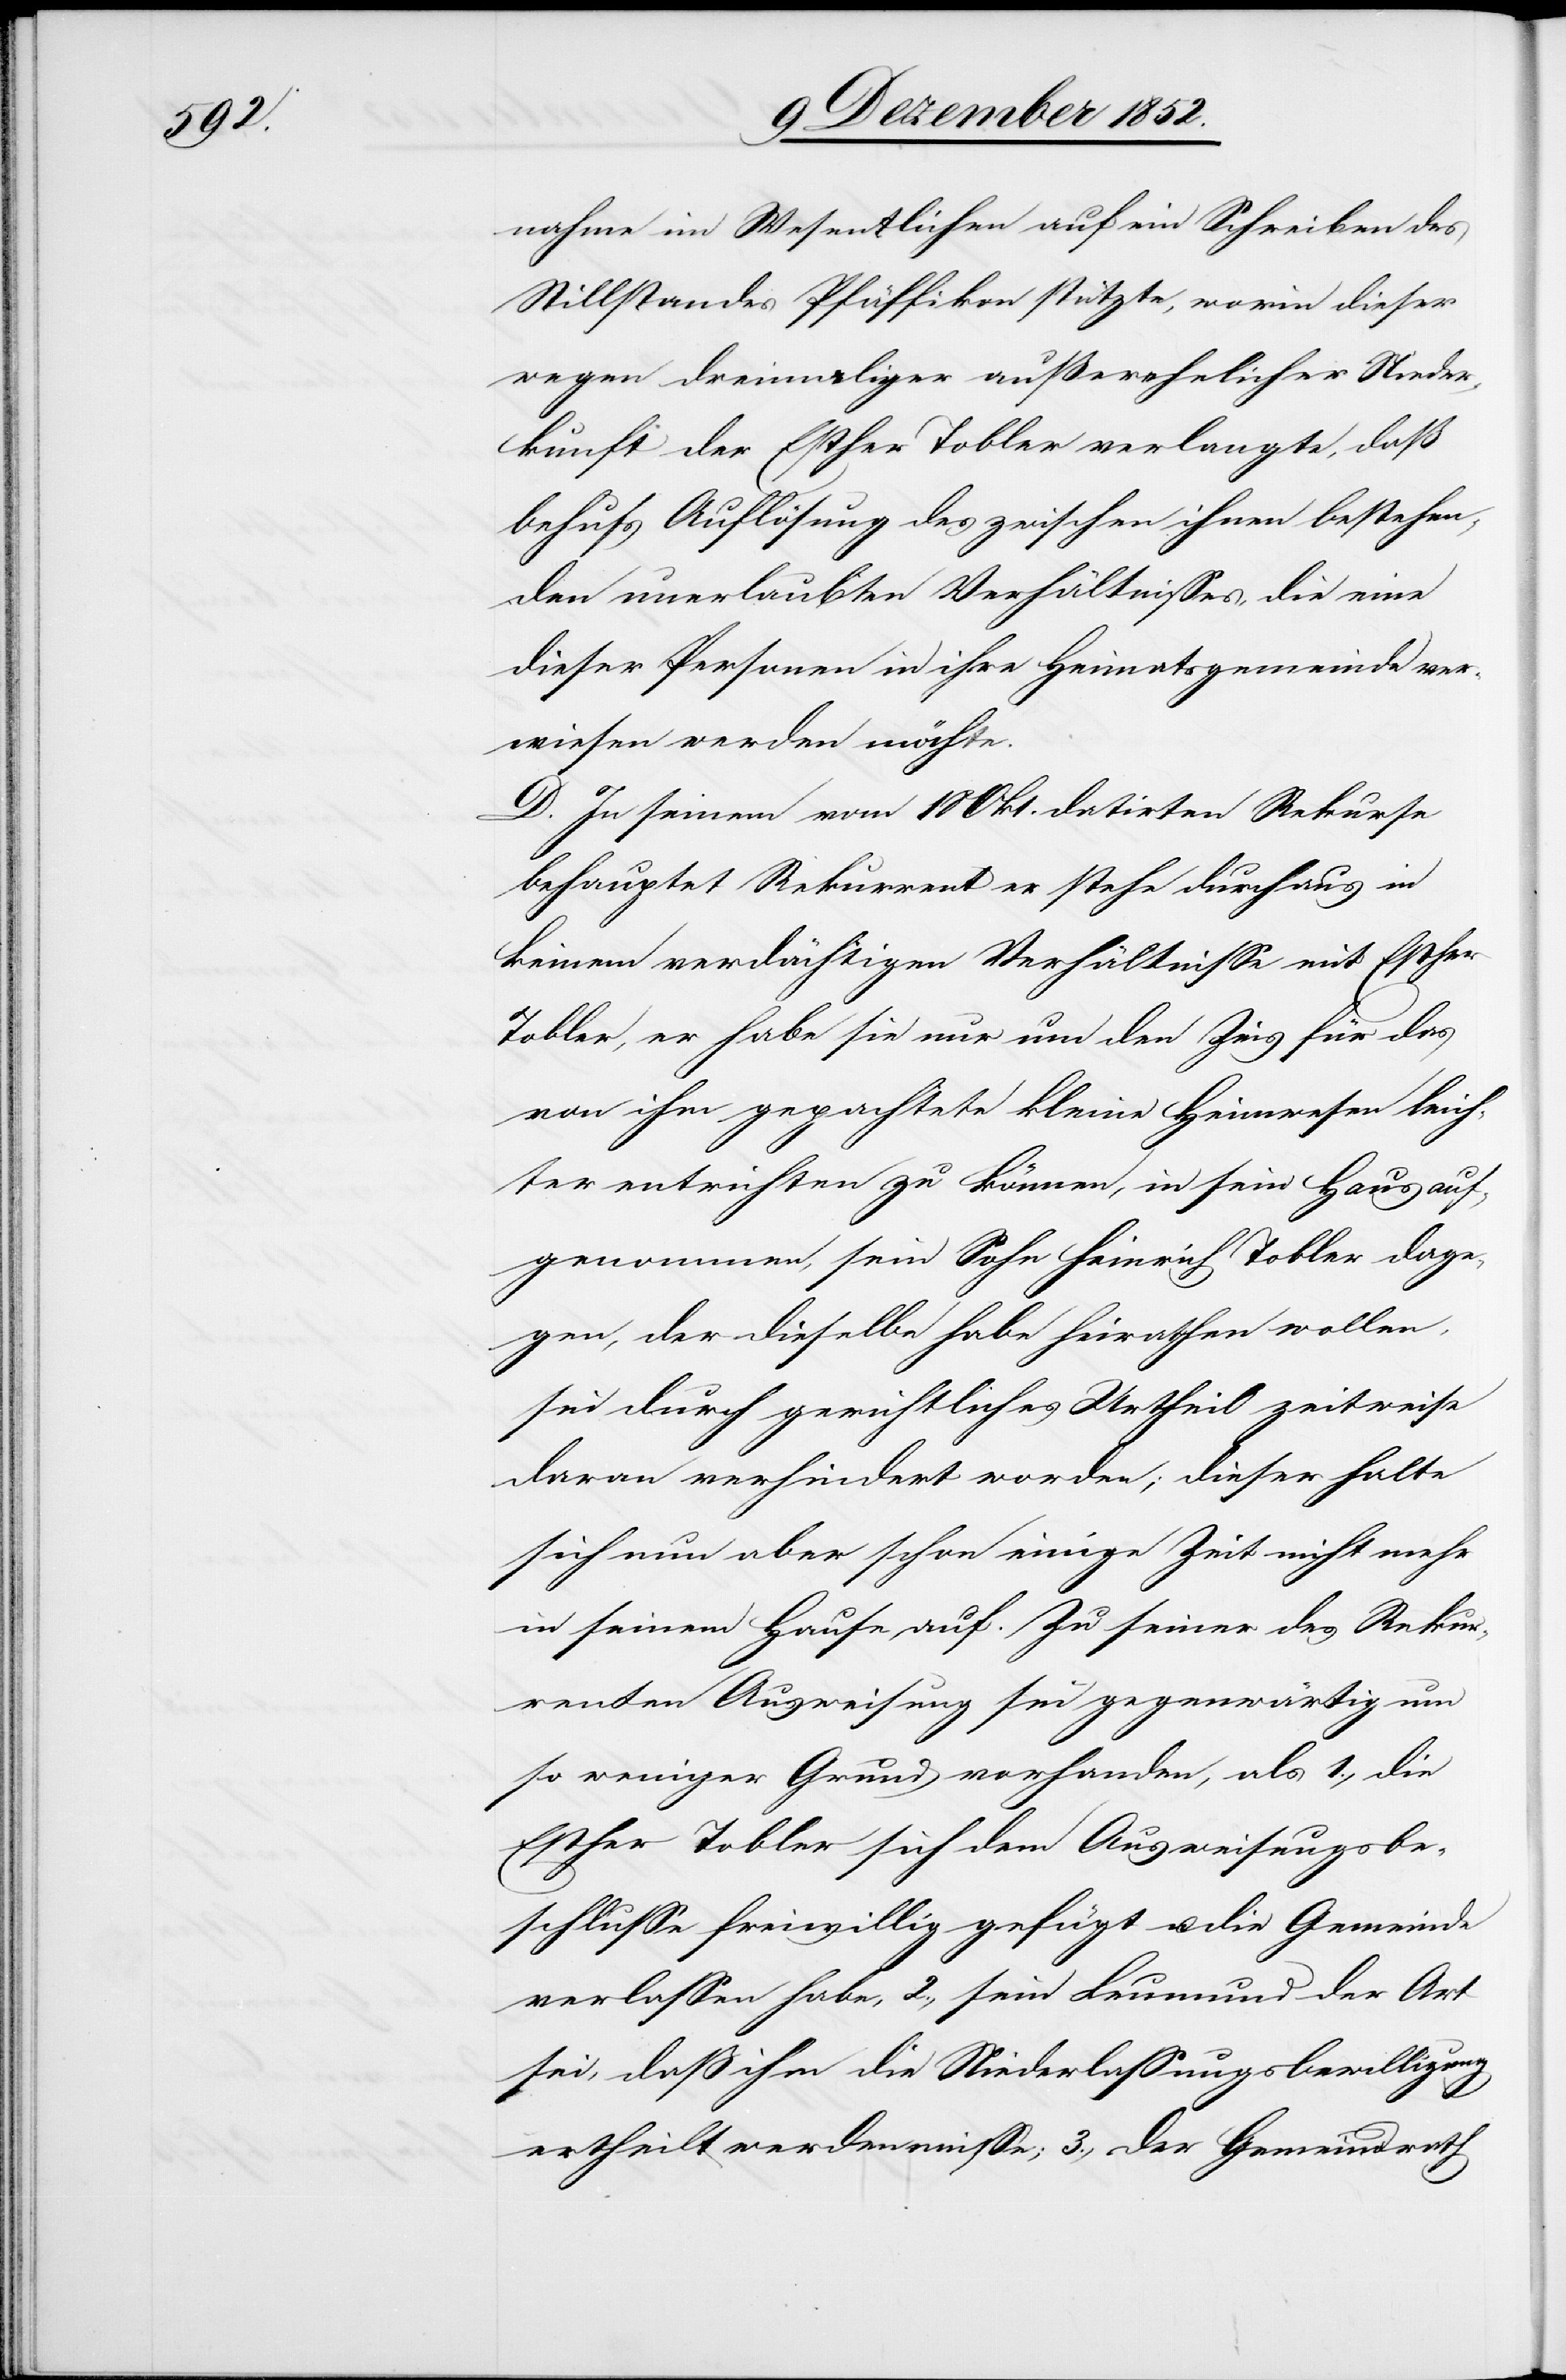
nahme im Wesentlichen auf ein Schreiben des
Stillstandes Pfäffikon stützte, worin dieser
wegen dreimaliger außerehelicher Nieder¬
kunft der Esther Tobler verlangte, daß
behufs Auflösung des zwischen ihnen bestehen¬
den unerlaubten Verhältnisses, die eine
dieser Personen in ihre Heimatsgemeinde ver¬
wiesen werden möchte.
D. In seinem vom 18 Okt. datirten Rekurse
behauptet Rekurrent er stehe durchaus in
keinem verdächtigen Verhältnisse mit Esther
Tobler, er habe sie nur um den Zins für das
von ihm gepachtete kleine Heimwesen leich¬
ter entrichten zu können, in sein Haus auf¬
genommen, sein Sohn Heinrich Tobler dage¬
gen, der dieselbe habe heirathen wollen,
sei durch gerichtliches Urtheil zeitweise
daran verhindert worden; dieser halte
sich nun aber schon einige Zeit nicht mehr
in seinem Hause auf. Zu seiner des Rekur¬
renten Ausweisung sei gegenwärtig um
so weniger Grund vorhanden, als 1., die
Esther Tobler sich dem Ausweisungsbe¬
schlusse freiwillig gefügt u. die Gemeinde
verlassen habe, 2., sein Leumund der Art
sei, daß ihm die Niederlassungsbewilligung
ertheilt werden müsse; 3., der Gemeindrath